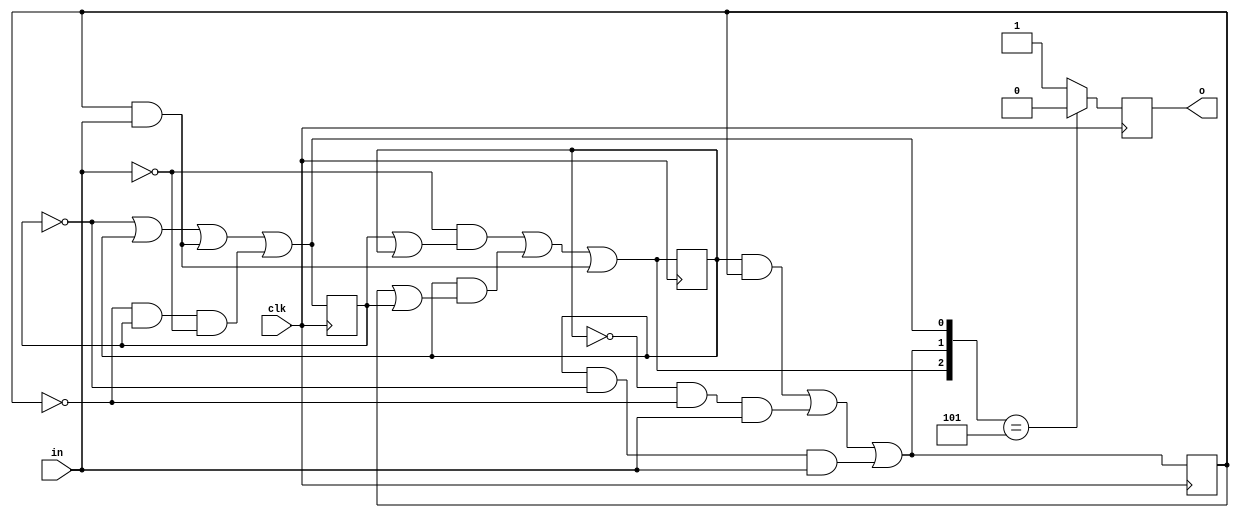
module fsm(clk,in,o);
    input clk,in;
    output reg o=1;

    reg a,b,c,da,db,dc;

    initial begin
        a = 0;
        b = 0;
        c = 0;
    end

    always@(posedge clk) begin

        da = (~in & (c | a)) | (a & (b | c)) | (b & in) ;
        db = (a & b) | (~a & ~b & in) | (a & ~c & in);
        dc =  ~c | a | (b & in) | (~b & c & ~in);
        a = da;
        b = db;
        c = dc;

        if({da,db,dc} ==3'b101)begin
            o = 0;
        end

        else begin
            o  = 1;
        end
    end
 
endmodule